Report on sanitation, dispensaries, and jails in Rajputana for 1911, and on vaccination for the year 1911-1912 - 1911-1912
Year: 1911
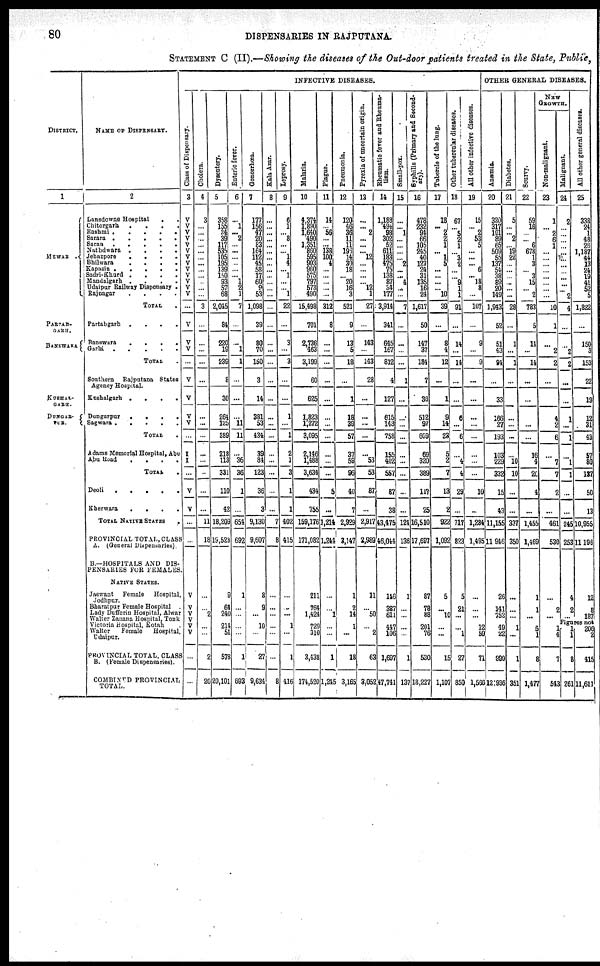
80
DISPENSARIES IN RAJPUTANA.
STATEMENT C (II).—Showing the diseases of the Out-door patients treated in the State, Public,
DISTRICT.
1
MEWAR
.
PARTAB-
GARH.
BANSWARA
KUSHAL-
GARH.
DUNGAR-
PUR.
NAME OF DISPENSARY.
2
Lansdowne Hospital . .
Chitorgarh . . . . .
Rashmi
.
.
.
.
.
.
Sarara . . . . . . .
Saran . . . . . .
Nathdwara . . . . . .
Jehazpore . . . . . .
Bhilwara . . . . . . .
Kapasin . . . . . . .
Sadri-Khurd . . . . . .
Mandalgarh . . . . . . .
Udaipur Railway Dispensary .
Rajnagar . . . . .
TOTAL .
Partabgarh . . . . . .
Banswara . . . . . .
Garhi . . . . . . .
TOTAL .
Southern Rajputana States
Agency Hospital.
Kushalgarh . . . . . .
Dungarpur . . . . . . .
Sagwara . . . . . . .
TOTAL .
Adams Memorial Hospital, Abu
Abu Road
.
.
.
.
.
TOTAL .
Deoli
.
.
.
.
.
.
Kherwara . . . . . .
TOTAL NATIVE STATES
.
PROVINCIAL TOTAL,CLASS
A. (General Dispensaries).
B.—HOSPITALS AND DIS-
PENSARIES FUR FEMALES
NATIVE STATES.
Jaswant
Female
Hospital
Jodhpur.
Bharatpur Female Hospital .
Lady Dufferin Hospital, Alwar
Walter Zanana Hospital, Tonk
Victoria Hospital, Kotah
Walter
Female
Hospital,
Udaipar.
PROVINCIAL TOTAL, CLASS
B. (Female Dispensaries).
COMBINED PROVINCIAL
TOTAL.
INFECTIVE DISEASES.
Class of Dispensary.
3
V
V
V
V
V
V
V
V
V
V
V
V
V
...
V
V
V
...
V
V
V
V
...
I
I
...
V
V
...
...
V
V
V
V
V
V
...
...
Cholera.
4
3
...
...
...
...
...
...
...
...
...
...
...
...
3
...
...
...
...
...
...
...
...
...
...
...
...
...
11
18
...
...
2
...
...
2
20
Dysentery.
5
358
155
34
39
117
535
105
195 139
150
93
57
68
2,045
84
220
19
239
8
30
264
125
389
218
113
331
110
42
18,209
19,523
9
64
240
214
51
578
20,101
Enteric fever.
6
...
1
... 2
...
...
...
...
...
...
1
2
1
7
...
...
1
1
...
...
...
11
11
...
36
36
1
...
654
692
1
...
...
...
...
1
693
Gonorrhœa.
7
177
156
47
20
83
164
112
45
58
17
60
9
53
1,098
39
80
70
150
3
14
381
53
434
39
84
123
36
3
9,130
9,607
3
9 ...
10
...
27
9,634
Kala Azar.
8
...
...
...
...
...
...
...
...
...
...
...
...
...
...
...
...
...
...
...
...
...
...
...
...
...
...
...
...
7
8
...
...
...
...
...
...
8
Leprosy.
9
6
1
... 8
...
...
1
4
... 1
...
...
1
22
...
3
...
3
...
...
1
...
1
2
1
3
1
1
402
415
...
...
...
1 ...
1
416
Malaria.
10
4,374
1,890
1,640
490
1,351
860
595
903
960
575
797
573
490
15,498
701
2,736
463
3,199
60
625
1,823
1,272
3,095
2,146
1,488
3,634
434
755
159,176
171,082
211
764
1,424
729
310
3,438
174,520
Plague.
11
14
... 56
...
...
138
100
4
...
...
...
...
...
312
8
...
...
...
...
...
...
...
...
...
...
...
5
...
1,214
1,244
...
...
1
...
...
1
1,245
Pneumonia.
12
120
46
36
11
11
193
14
30
18
...
20
16
3
521
9
13
5
18
...
1
18
39
57
37
59
96
40
1
2,929
3,147
1
2 14
1 ...
18
3,165
Pyrexia of uncertain origin.
13
...
... 2
...
...
... 12
...
...
...
...
12
1
27
...
143
...
143
28
...
...
...
...
...
53
53
87
...
2,917
2,989
11
... 50
...
2
63
3,052
Rheumatic fever and Rheuma-
tism.
14
1,188
494 98
302
52
611
183
475
75
138
87
34
177
3,914
341
645
167
812
4
127
615
143
758
155
402
557
87
38
43,475
46,044
146
387
611
447
106
1,697
47,741
Small-pox.
15
...
... 1
...
...
...
...
2
...
...
4
...
...
7
...
...
...
...
1
...
...
...
...
...
...
...
...
...
124
139
1
...
...
...
...
1
137
Syphilis (Primary and Second-
ary).
16
478
232
94
66
105
245
40
127
24
31
135
16
24
1,617
50
147
37
184
7
36
512
97
609
69
320
389
117
25
16,510
17,697
87
78
88
201
76
530
18,227
Tubercle of the lung.
17
18
...
2
2
1
... 1
5
...
...
...
... 10
39
...
8
4
12
...
1
9
14
23
5
2
7
13
2
922
1,092
5
...
10
...
...
15
1,107
Other tubercular diseases.
18
67
...
5
2
1
...
3
2
...
9
1
1
91
...
14
...
14
...
...
6
...
6
...
4
4
29
...
717
823
5
21
...
...
1
27
850
All other infective diseases.
19
15
...
2
53
5
...
...
... 6
... 18
8
...
107
...
9
...
9
...
...
...
...
...
...
...
...
10
...
1,284
1,495
...
...
...
12
59
71
1,566
OTHER GENERAL DISEASES.
Anæmia.
20
320
317
101
89
65
509
55
137
54
38
89
20
149
1,943
52
51
43
94
...
33
166
27
193
103
229
332
15
43
11,155
946
26
141
752
49
22
990
12,936
Diabetes.
21
5
...
... 2
...
19
22
...
...
...
...
...
...
28
...
1
...
1
...
...
...
...
...
...
10
10
...
...
337
350
...
...
...
1
...
1
351
Scurvy.
22
59
16
...
...
6
678
1
3
... 3
15
... 2
783
5
14
...
14
...
...
...
...
...
16
4
20
4
...
1,455
1,469
1
1
...
5
1
8
1,477
NEW
GROWTH.
Non-malignant.
23
1
... 2
6
1
...
...
...
...
...
...
...
...
10
1
...
2
2
...
...
4
2
6
...
7
7
2
...
461
530
...
2
...
1 4
7
543
Malignant.
24
2
...
...
...
...
...
...
...
...
...
...
...
2
4
...
...
2
2
...
...
1
...
1
...
1
1
...
...
245
253
4
2
...
All other general diseases.
25
338
24
1
48
26
1,187
44
13
24
19
41
52
5
1,822
...
150
3
153
22
19
12
31
43
57
80
137
50
13
10,955
11,196
12
8
187
Figures not
1
1
8
261
206
2
415
11,611